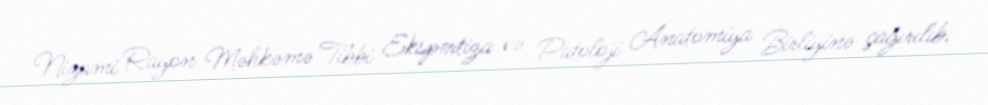
Nizami Rayon Məhkəmə Tibbi Ekspertiza və Patoloji Anatomiya Birliyinə çağırılıb.